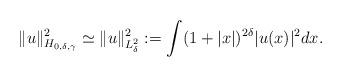
LaTeX: \begin{align*} \|u\|_{H_{0,\delta,\gamma}}^2\simeq \|u\|_{L^2_\delta}^2:=\int (1+|x|)^{2\delta} |u(x)|^2d x. \end{align*}